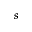
s